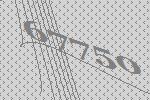
67750